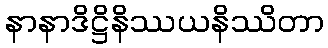
နာနာဒိဋ္ဌိနိဿယနိဿိတာ